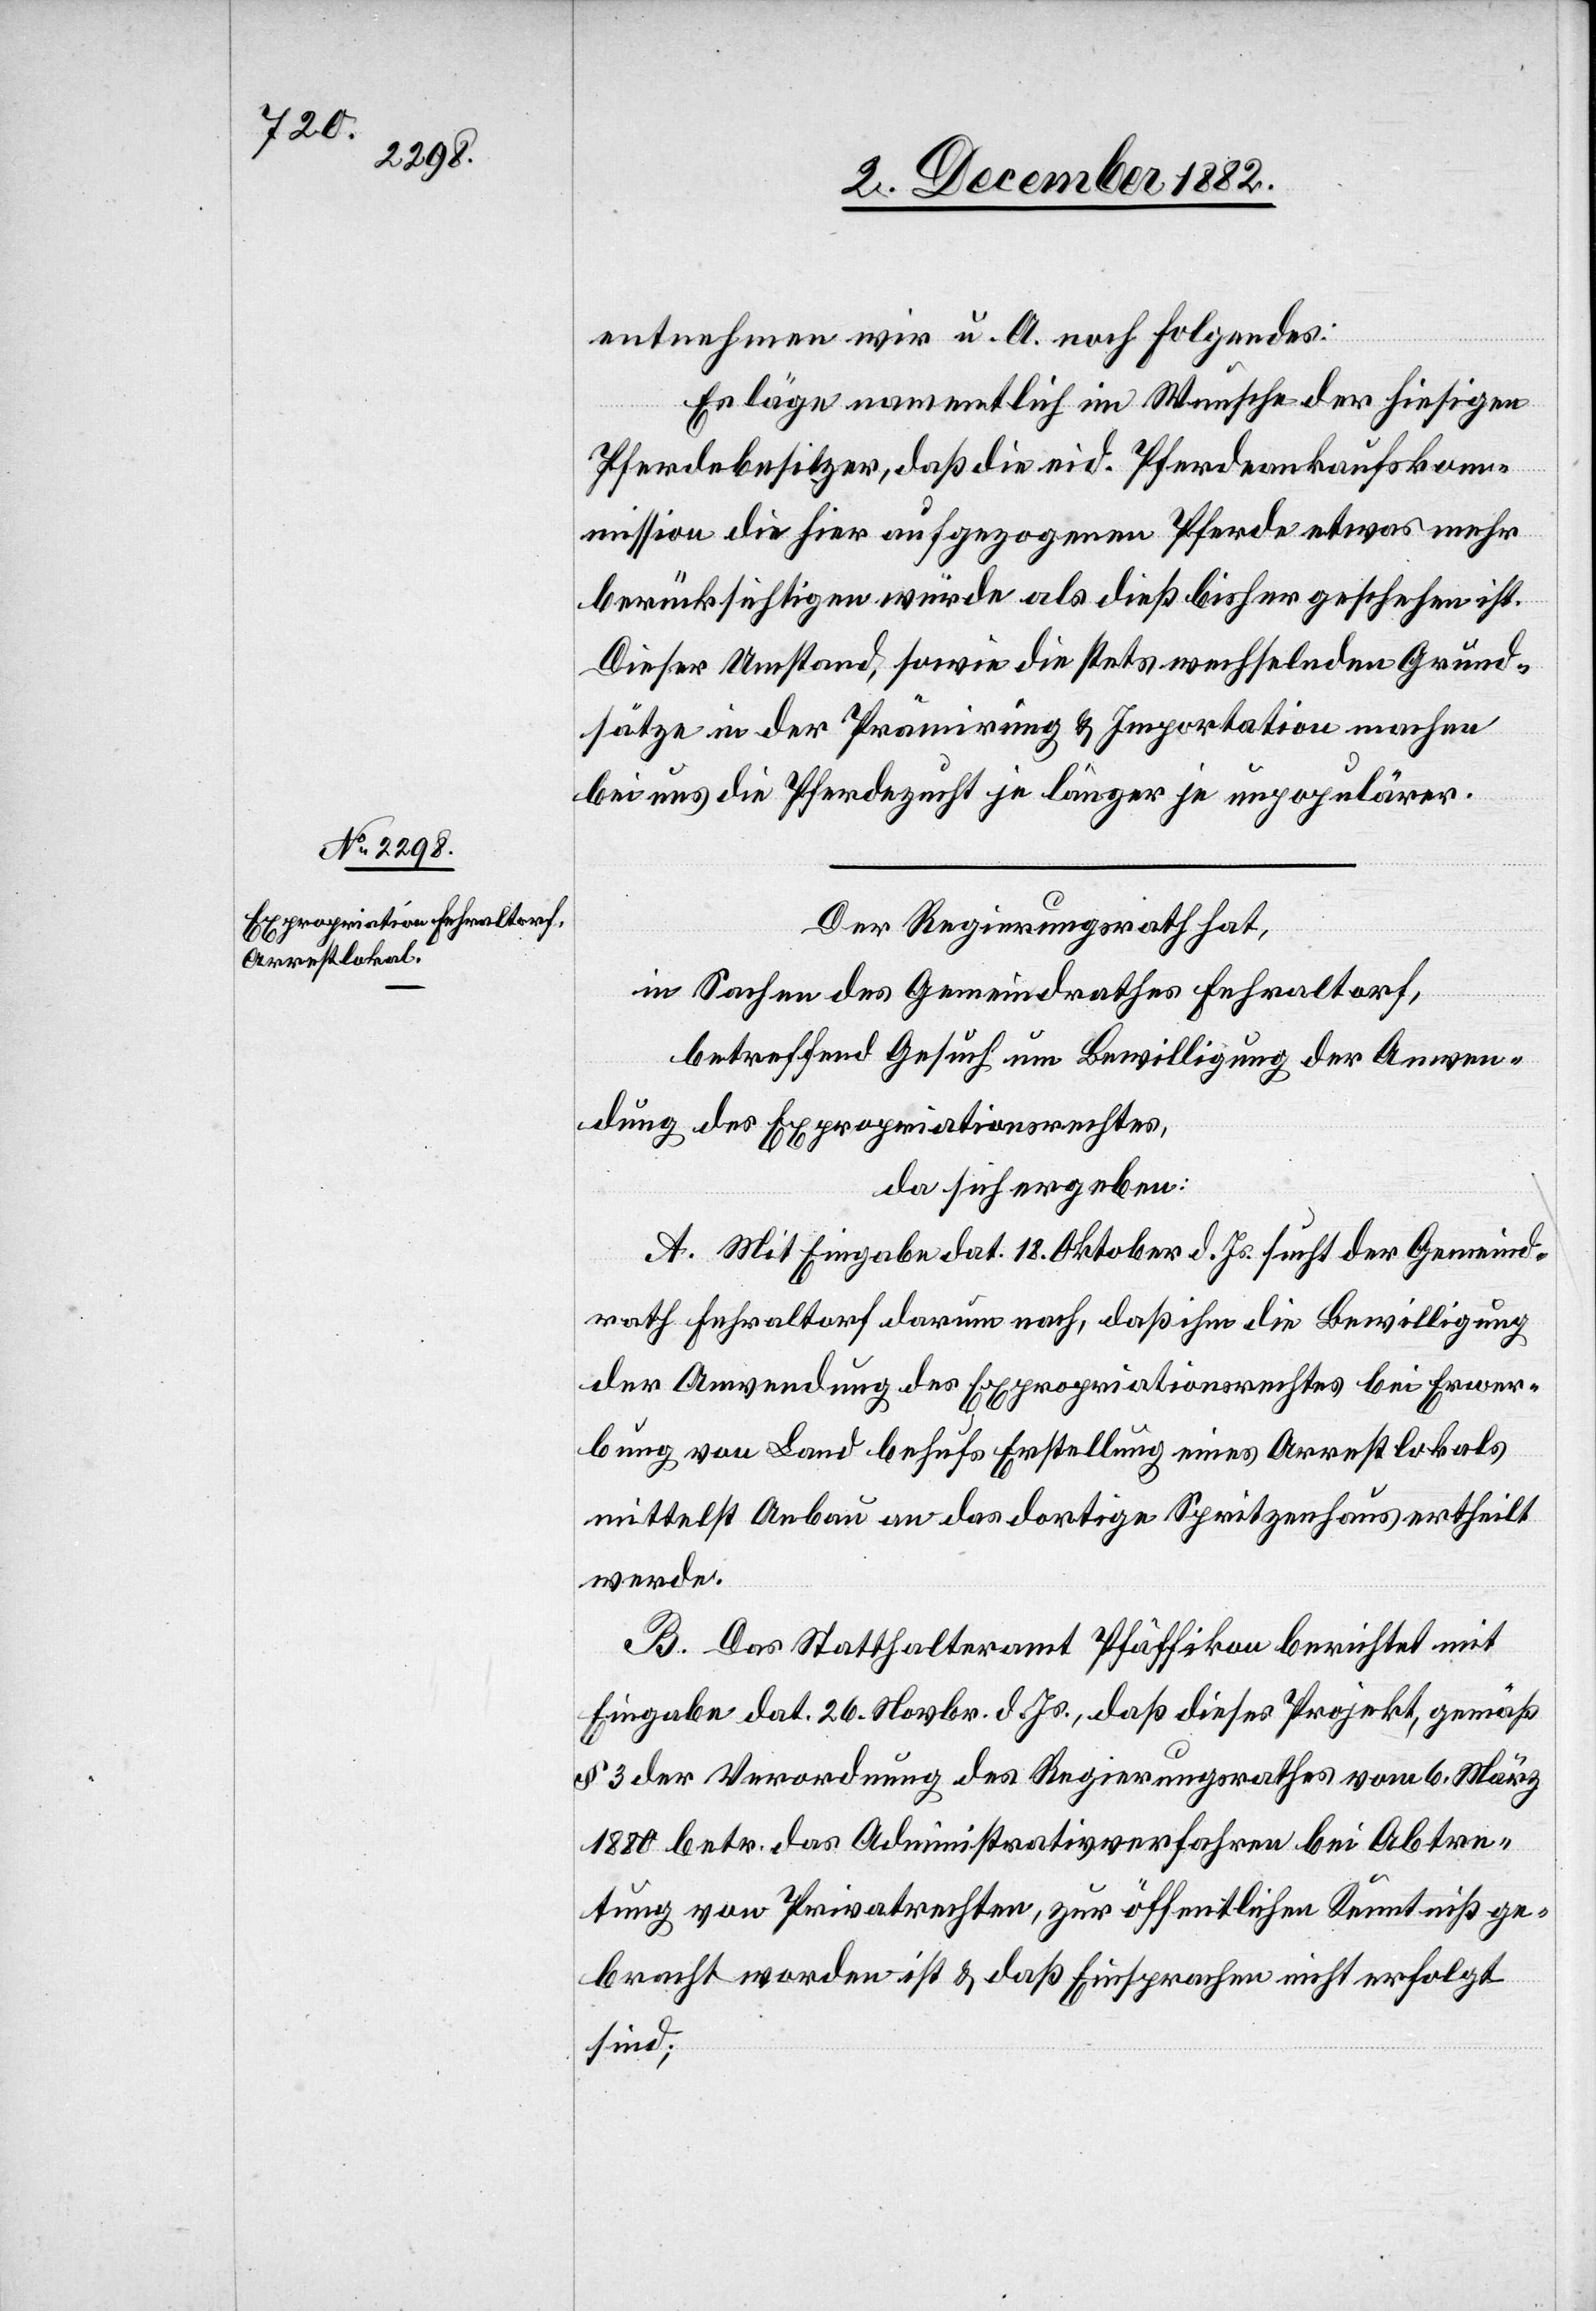
entnehmen wir u. A. noch Folgendes:
Es läge namentlich im Wunsche der hiesigen
Pferdebesitzer, daß die eid. Pferdeankaufskom¬
mission die hier aufgezogenen Pferde etwas mehr
berücksichtigen würde als dieß bisher geschehen ist.
Dieser Umstand, sowie die stets wechselnden Grund¬
sätze in der Prämirung & Importation machen
bei uns die Pferdezucht je länger je unpopulärer.
Der Regierungsrath hat,
in Sachen des Gemeindrathes Fehraltorf,
betreffend Gesuch um Bewilligung der Anwen¬
dung des Expropriationsrechtes,
da sich ergeben:
A. Mit Eingabe dat. 18. Oktober d. Js. sucht der Gemeind¬
rath Fehraltorf darum nach, daß ihm die Bewilligung
der Anwendung des Expropriationsrechtes bei Erwer¬
bung von Land behufs Erstellung eines Arrestlokals
mittelst Anbau an das dortige Spritzenhaus ertheilt
werde.
B. Das Statthalteramt Pfäffikon berichtet mit
Eingabe dat. 26. Novbr. d. Js., daß dieses Projekt, gemäß
§ 3 der Verordnung des Regierungsrathes vom 6. März
1880 betr. das Administrativverfahren bei Abtre¬
tung von Privatrechten, zur öffentlichen Kenntniß ge¬
bracht worden ist & daß Einsprachen nicht erfolgt
sind;